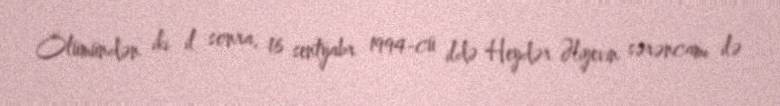
Ölümündən iki il sonra, 16 sentyabr 1994-cü ildə Heydər Əliyevin sərəncamı ilə